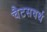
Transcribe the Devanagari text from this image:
चैटसवर्थ